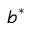
b ^ { * }